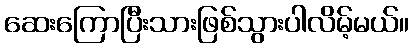
ဆေးကြောပြီးသားဖြစ်သွားပါလိမ့်မယ်။